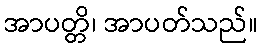
အာပတ္တိ၊ အာပတ်သည်။